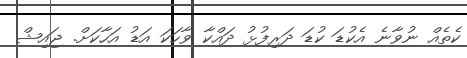
ކެތެއް ނުވާނެ އެކުޑަ ކުޑަ ދަރިފުޅު ދައްކާ ވާހަކަ އަޑު އަހާކަށް. ޖައިޝް